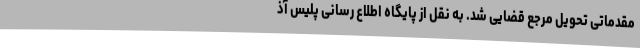
مقدماتی تحویل مرجع قضایی شد. به نقل از پایگاه اطلاع رسانی پلیس آذ